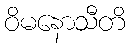
ဝိမနောသီတိ